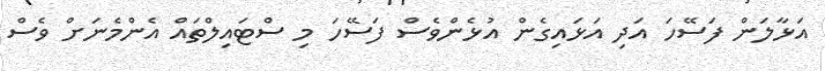
އަޅާލަން ފަސޭހަ އަދި އަޅައިގެން އުޅެންވެސް ފަސޭހަ މި ސްޓައިލްތައް އެންމެނަށް ވެސް